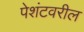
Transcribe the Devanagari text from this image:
पेशंटवरील